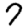
Digit: 7